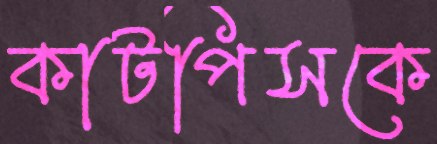
কাটপিসকে